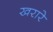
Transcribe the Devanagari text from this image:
खरारे